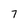
Character: 7